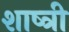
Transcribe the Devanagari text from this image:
शाष्त्री